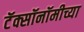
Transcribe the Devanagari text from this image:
टॅक्सॉनॉमीच्या